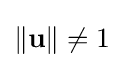
\left\|\mathbf {u} \right\|\neq 1